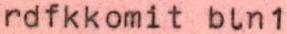
rdfkkomit bln1